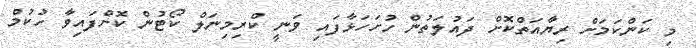
މި ކަންކަމަށް ރިޔާއަތްކޮށް ދައުލަތުން ހުށަހަޅާފައި ވަނީ ކްރިމިނަލް ކޯޓުން ކޮށްފައިވާ ހުކުމް